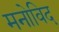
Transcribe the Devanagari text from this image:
मनोविद